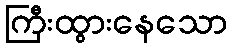
ကြီးထွားနေသော